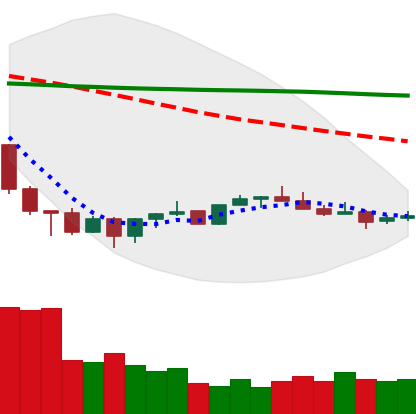
Ticker: XMR-USD
Chart end date: 2022-07-02
Forward return: 12.432%
Label: up_7plus